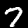
Label: 7